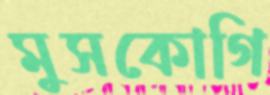
মুসকোগি